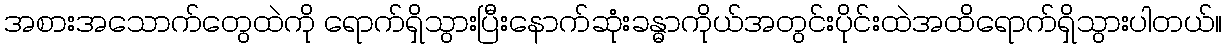
အစားအသောက်တွေထဲကို ရောက်ရှိသွားပြီးနောက်ဆုံးခန္ဓာကိုယ်အတွင်းပိုင်းထဲအထိရောက်ရှိသွားပါတယ်။